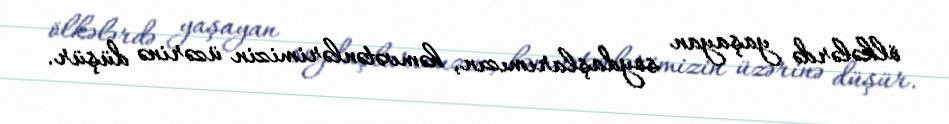
ölkələrdə yaşayan soydaşlarımızın, həmvətənlərimizin üzərinə düşür.